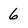
Character: 6